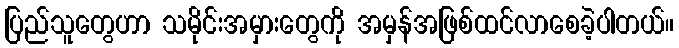
ပြည်သူတွေဟာ သမိုင်းအမှားတွေကို အမှန်အဖြစ်ထင်လာစေခဲ့ပါတယ်။